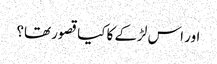
اور اس لڑکے کا کیا قصور تھا؟